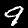
Digit: 9